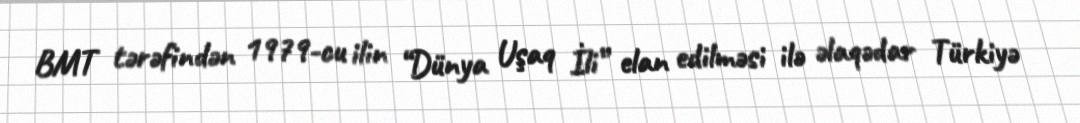
BMT tərəfindən 1979-cu ilin “Dünya Uşaq İli” elan edilməsi ilə əlaqədar Türkiyə